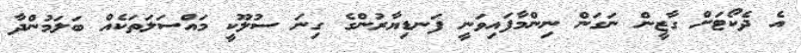
އެ ދެކޯޓަށް ގާޒީން ނަގަން ނިންމާފައިވަނީ ފަނޑިޔާރުންގެ ގިނަ ސުލޫކީ މައްސަލަތަކެއް ބަލަމުންދާ